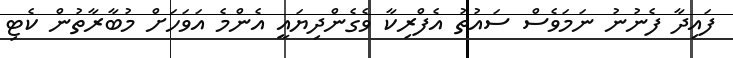
ފައިދާ ފެނުނު ނަމަވެސް ސައުތު އެފްރިކާ ވެގެންދިޔައީ އެންމެ އަވަހަށް މުބާރާތުން ކެޓި